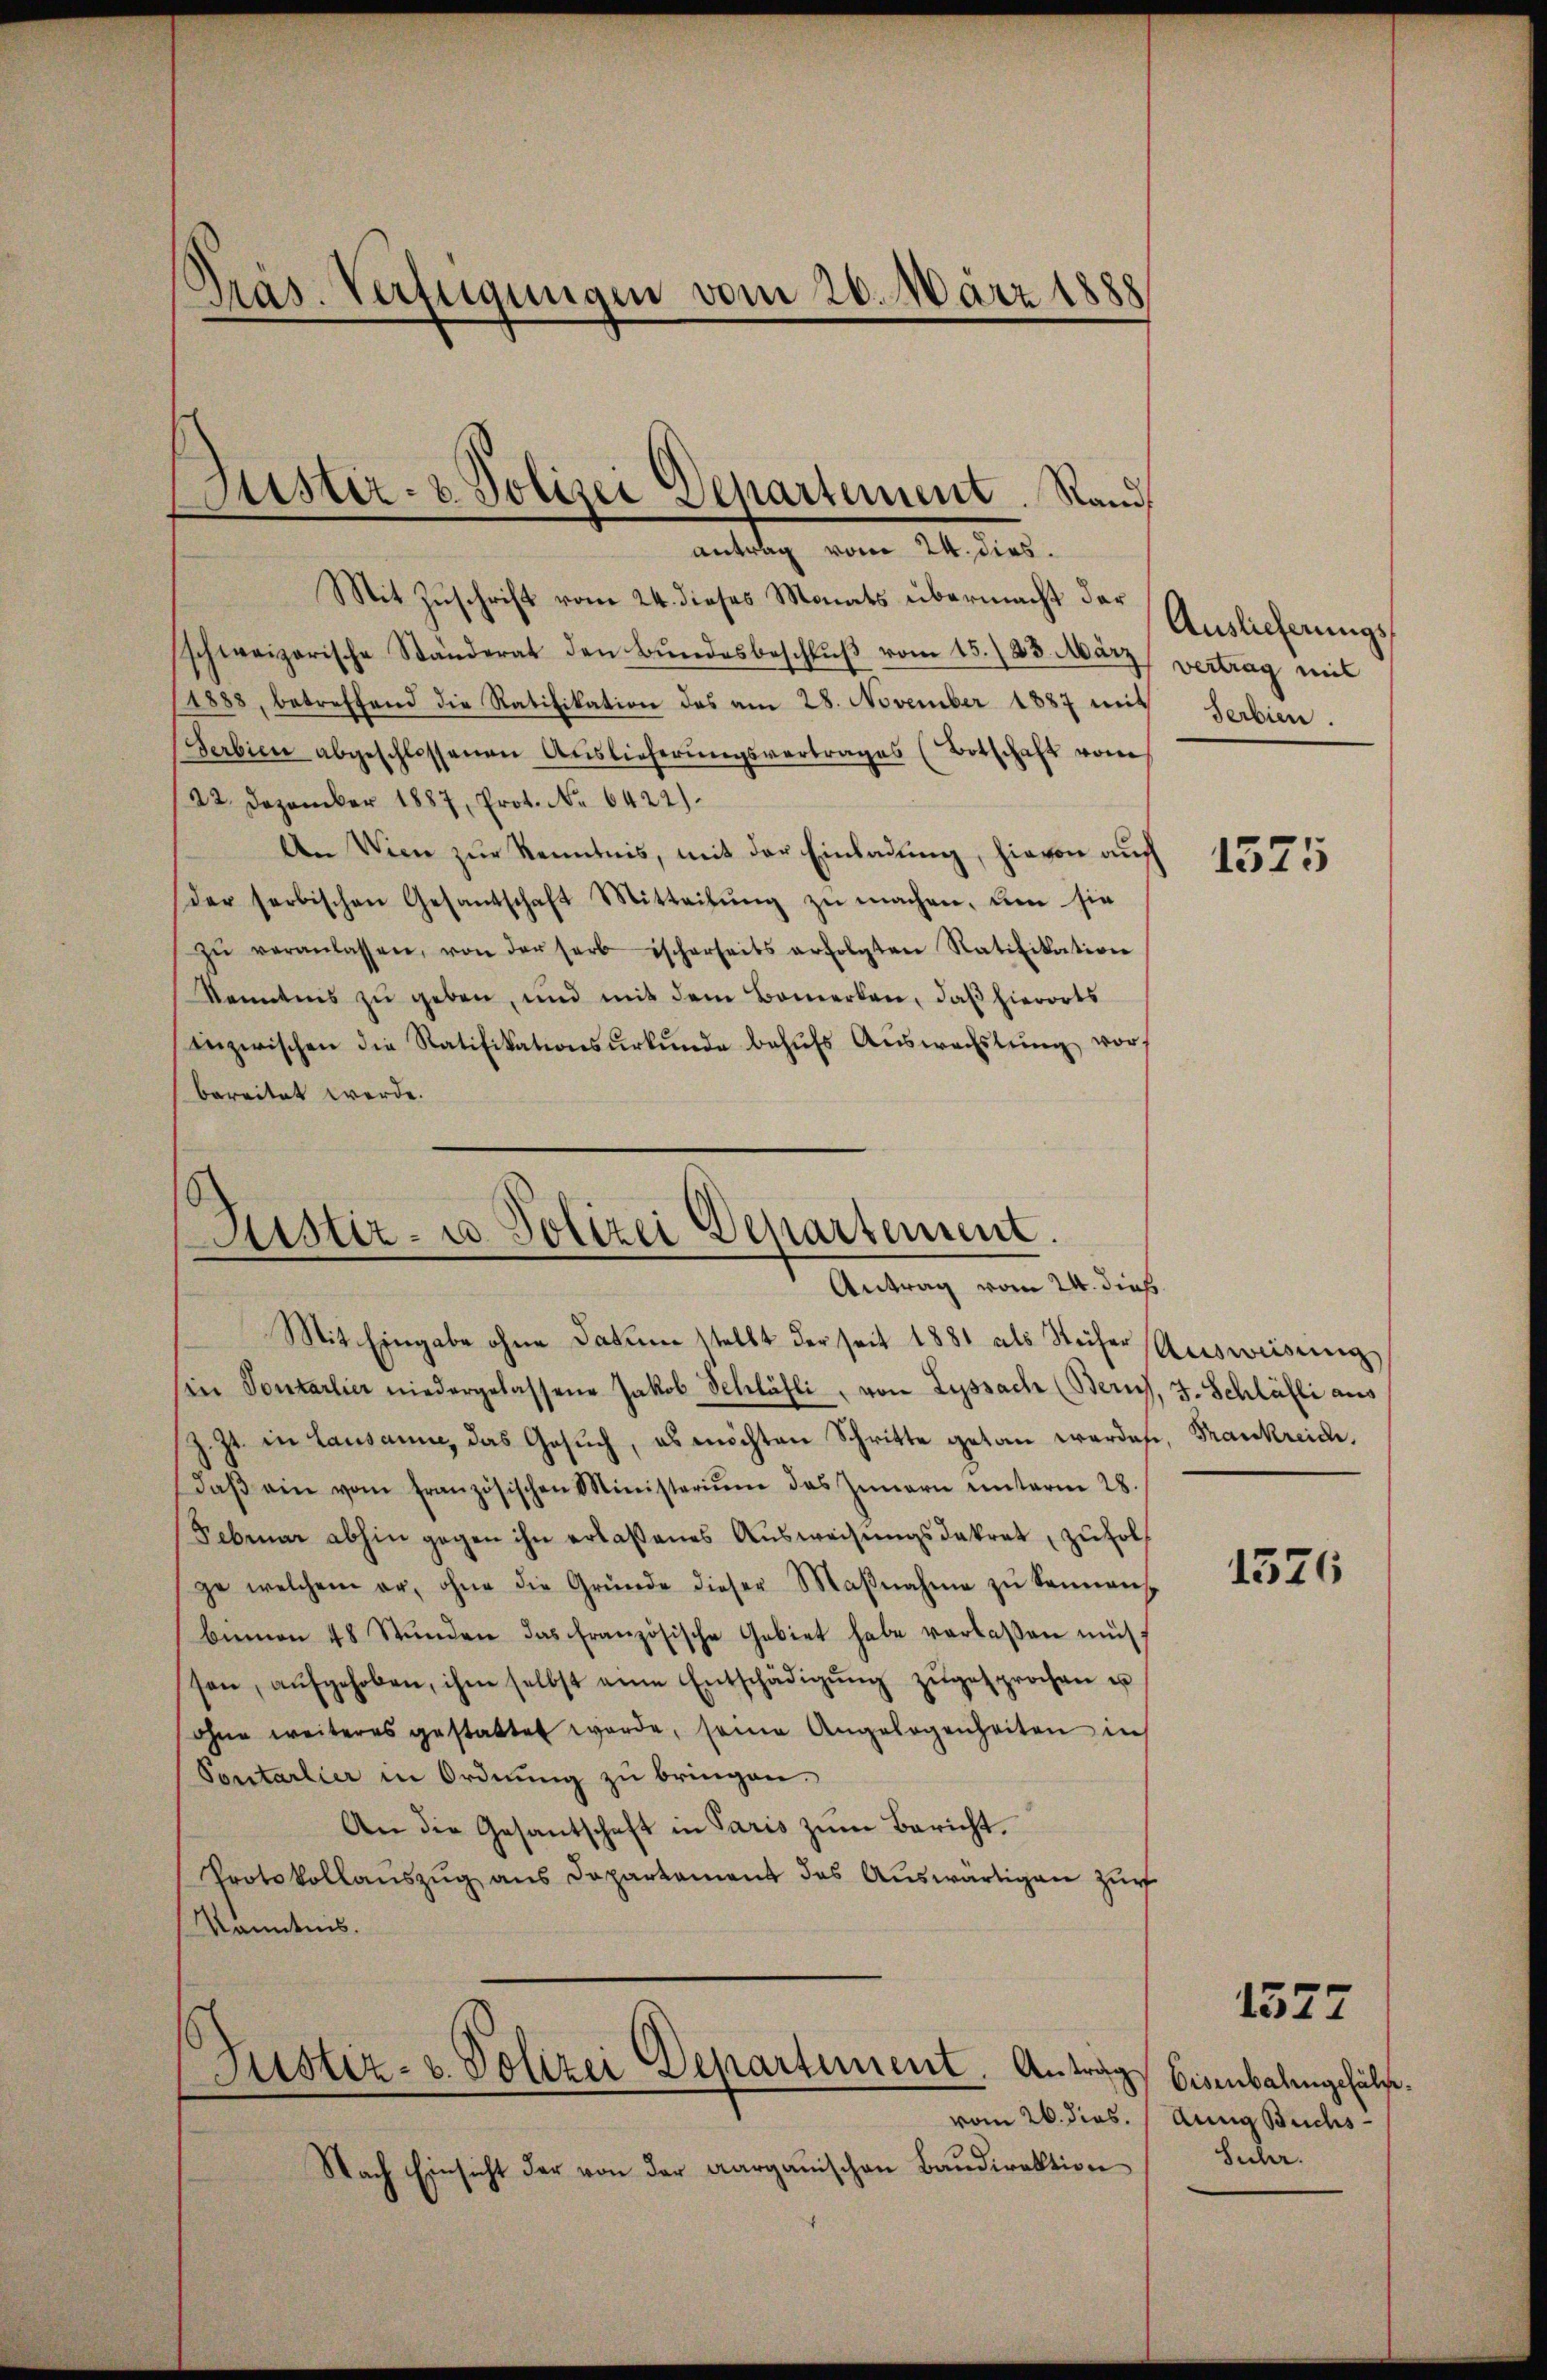
Präs. Verfügungen vom 20. März 1888

Mit Zuschrift vom 24. dieses Monats übermacht der
schweizerische Ständerat den Bundesbeschlŭβ vom 15./23. März vertrag mit
1888, betreffend die Ratifikation des am 28. November 1887 mit Serbien.
Serbien abgeschlossenen Aŭslieferŭngsvertrages (Botschaft vom
22. Dezember 1887, Prot. No 6422).
An Wien zur Kenntnis, mit der Einladung, hievon auch
Der herbischen Gesandschaft Mitteilŭng zŭ machen, den sie
zŭ veranlassen, von der serbischerseits erfolgten Ratifikation
Kenntnis zu geben, und mit dem Bemerken, daß hierorts
inzwischen die Ratifikationsurkunde behufs Auswachstung vorbereitet werde.

Justiz- & Polizei Departement. Rand,
antrag vom 24. dies

Ristir- u Polizei Departement.
Antrag vom 24. dieß

Nach Einsicht der von der aargauischen Baudirektion

Mit Eingabe ohne Datum stellt der seit 1881 als Sicher Ausweisung
(in Sontarlier niedergelassene Jakob Schlähli, von Lyssach (Berns, J. Schläfli aus
z. Zt. in Lausanne, das Gesuch, es möchten Schritte getan werdes, Frankreide,
Daβ ein vom französischen Ministerium des Innern unterm 28.
Februar abhin gegen ihn erlaßenes Aŭsweisŭngsdakrat, zŭfol
ge welchem er, ohne die Gründe dieser Maβnahme zŭ Sonnanz
bimon 48 Stŭnden das französische Gebiet habe verlaßen müs-
sen, aŭfgehoben, ihm selbst eine Entschädigŭng zŭgesprochen u
ohne weiteres gestattet werde, seine Angelegenheiten in
Pontarlier in Ordnung zu bringen.
An die Gesantschaft in Paris zŭm Bericht.
Protokollaŭszŭg ans Departament das Aŭswärtigen zur
Kenntnis.

Justiz- u. Polizei Departement. Antrag Eisenbalingehält.
vom 26. dies.

Auslieferungs¬

1575

1376

1377

dung Buchs
Suhr.